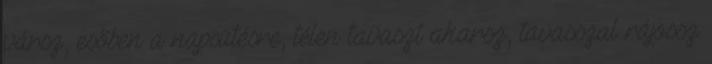
vársz, esőben a napsütésre, télen tavaszt akarsz, tavasszal rájössz